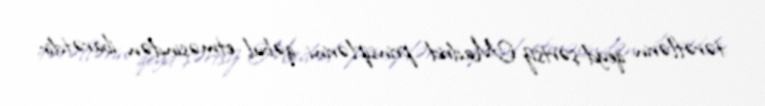
tərəflərin qeyd-şərtsiz Madrid prinsiplərini qəbul etməsindən ibarətdir.